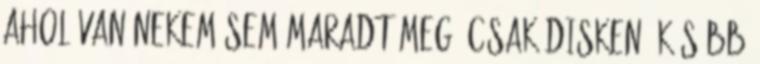
ahol van Ne­kem sem maradt meg, csak dis­ken. Később